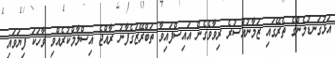
އަޅުގަނޑުމެންގެ ތެރޭގައި ޒަމާނުއްސުރެ ރިވާވެގެން އައިސްފައިވާ ތަބްރޭޒުގެފާނު ރާއްޖެ އިސްލާމްކުރެއްވި ވާހަކަ ފިޔަވައި